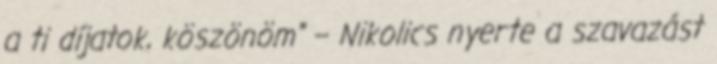
a ti díjatok, köszönöm” – Nikolics nyerte a szavazást